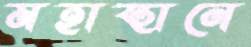
মহাস্থানে